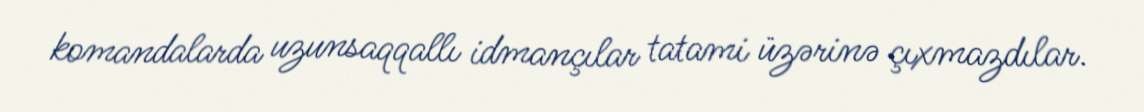
komandalarda uzunsaqqallı idmançılar tatami üzərinə çıxmazdılar.